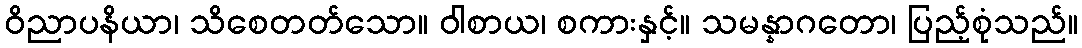
ဝိညာပနိယာ၊ သိစေတတ်သော။ ဝါစာယ၊ စကားနှင့်။ သမန္နာဂတော၊ ပြည့်စုံသည်။